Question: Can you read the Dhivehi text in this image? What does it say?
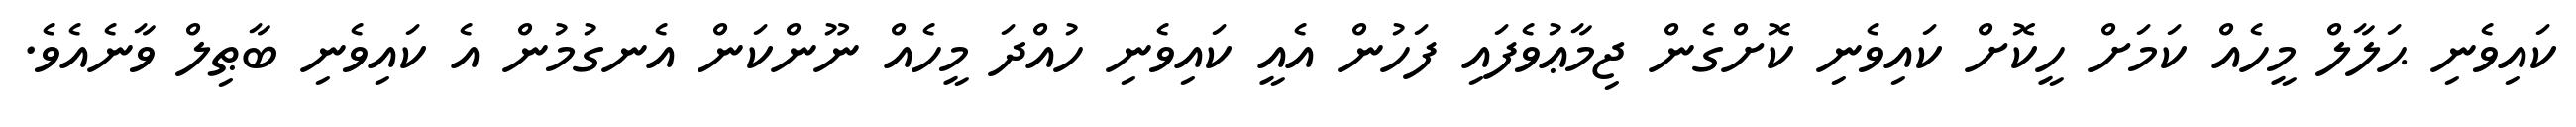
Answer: ކައިވެނި ޙަލާލް މީހެއް ކަމަށް ހީކޮށް ކައިވެނި ކޮށްގެން ޖިމާޢުވެފައި ފަހުން އެއީ ކައިވެނި ހުއްދަ މީހެއް ނޫންކަން އެނގުމުން އެ ކައިވެނި ބާޠިލް ވާނެއެވެ.